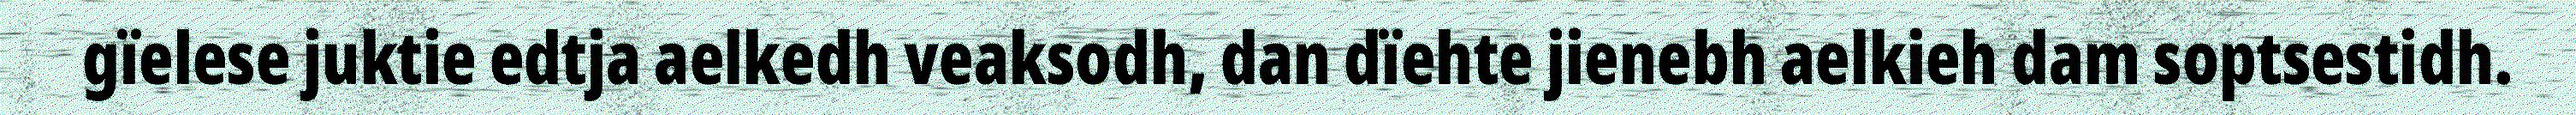
gïelese juktie edtja aelkedh veaksodh, dan dïehte jienebh aelkieh dam soptsestidh.